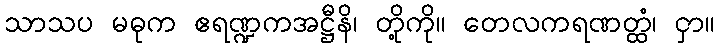
သာသပ မဓုက ဧရဏ္ဍကအဋ္ဌီနိ၊ တို့ကို။ တေလကရဏတ္ထံ၊ ငှာ။